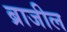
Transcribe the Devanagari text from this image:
ब्राजील